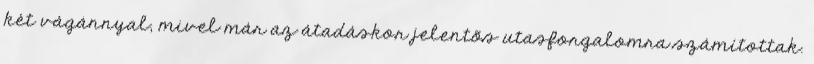
két vágánnyal, mivel már az átadáskor jelentõs utasforgalomra számítottak.